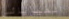
الفيزيائي